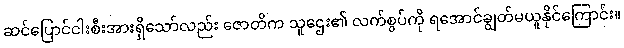
ဆင်ပြောင်ငါးစီးအားရှိသော်လည်း ဇောတိက သူဌေး၏ လက်စွပ်ကို ရအောင်ချွတ်မယူနိုင်ကြောင်း။